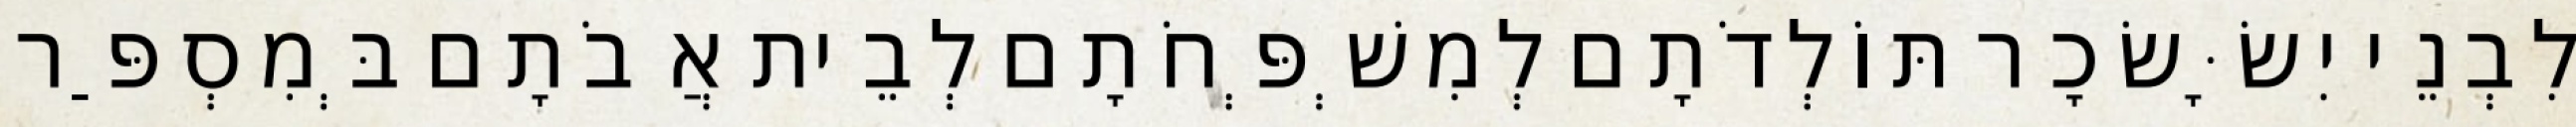
לִבְנֵי יִשָּׂשׂכָר תּוֹלְדֹתָם לְמִשְׁפְּחֹתָם לְבֵית אֲבֹתָם בְּמִסְפַּר